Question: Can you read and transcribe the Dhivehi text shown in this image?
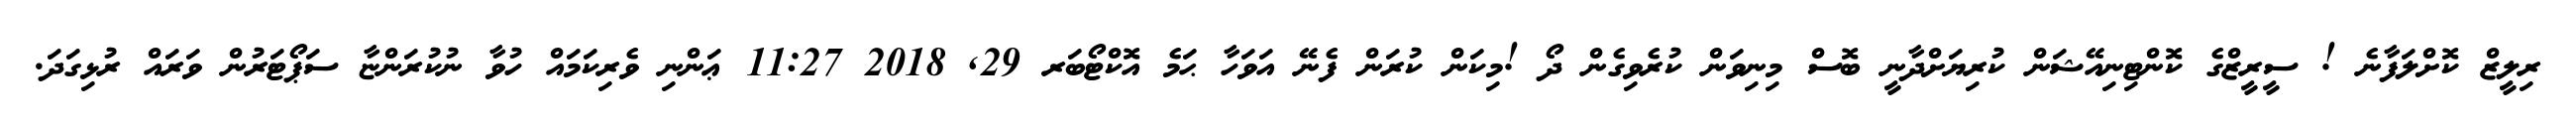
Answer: ރިލީޒް ކޮށްލަފާނެ ! ސީރީޒްގެ ކޮންޓިނިއޭޝަން ކުރިޔަށްދާނީ ބޮސް މިނިވަން ކުރެވިގެން ދޯ !މިކަން ކުރަން ފެނޭ އަވަހާ ޙަމެ އޮކްޓޯބަރ 29, 2018 11:27 ޢަންނި ވެރިކަމައް ހުވާ ނުކުރަންޏާ ސަޕޯޓަރުން ވަރައް ރުޅިގަދަ.